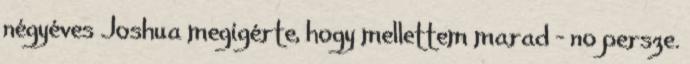
négyéves Joshua megígérte, hogy mellettem marad – no persze.